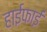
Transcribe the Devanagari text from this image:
हाईफाई